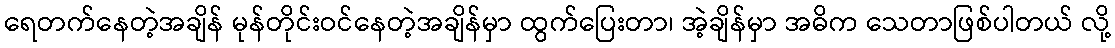
ရေတက်နေတဲ့အချိန် မုန်တိုင်းဝင်နေတဲ့အချိန်မှာ ထွက်ပြေးတာ၊ အဲ့ချိန်မှာ အဓိက သေတာဖြစ်ပါတယ် လို့